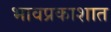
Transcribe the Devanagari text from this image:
भावप्रकाशात